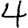
Digit: 4